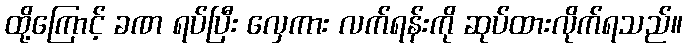
ထို့ကြောင့် ခဏ ရပ်ပြီး လှေကား လက်ရန်းကို ဆုပ်ထားလိုက်ရသည်။